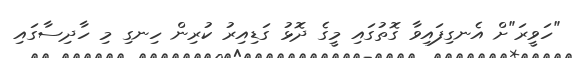
"ހަވީރަ"ށް އެނގިފައިވާ ގޮތުގައި މީގެ ދޮޅު ގަޑިއިރު ކުރިން ހިނގި މި ހާދިސާގައި